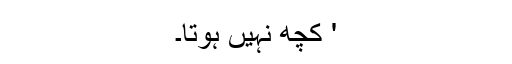
' کچھ نہیں ہوتا۔